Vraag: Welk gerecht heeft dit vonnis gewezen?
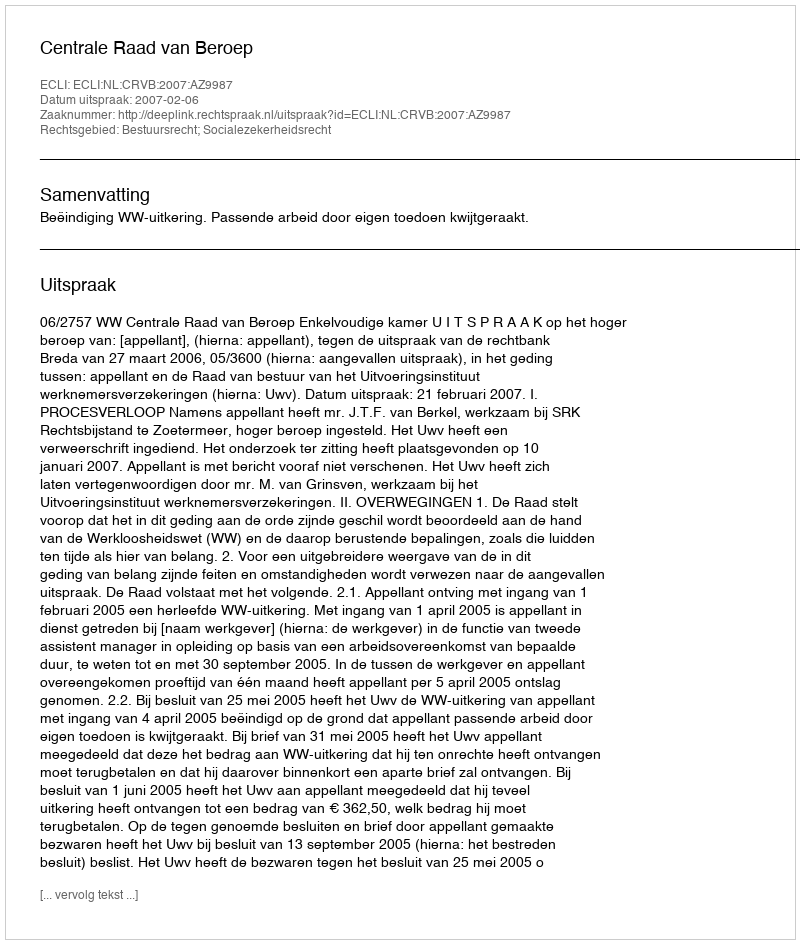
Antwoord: Centrale Raad van Beroep